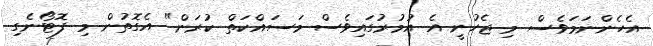
އެހެންނަމަވެސް މި ޖެހުނީ އެ އުމުރުގައިވެސް މަސައްކަތް ކުރަން" އެގޮތުން މި ފޮޓޯނެގި